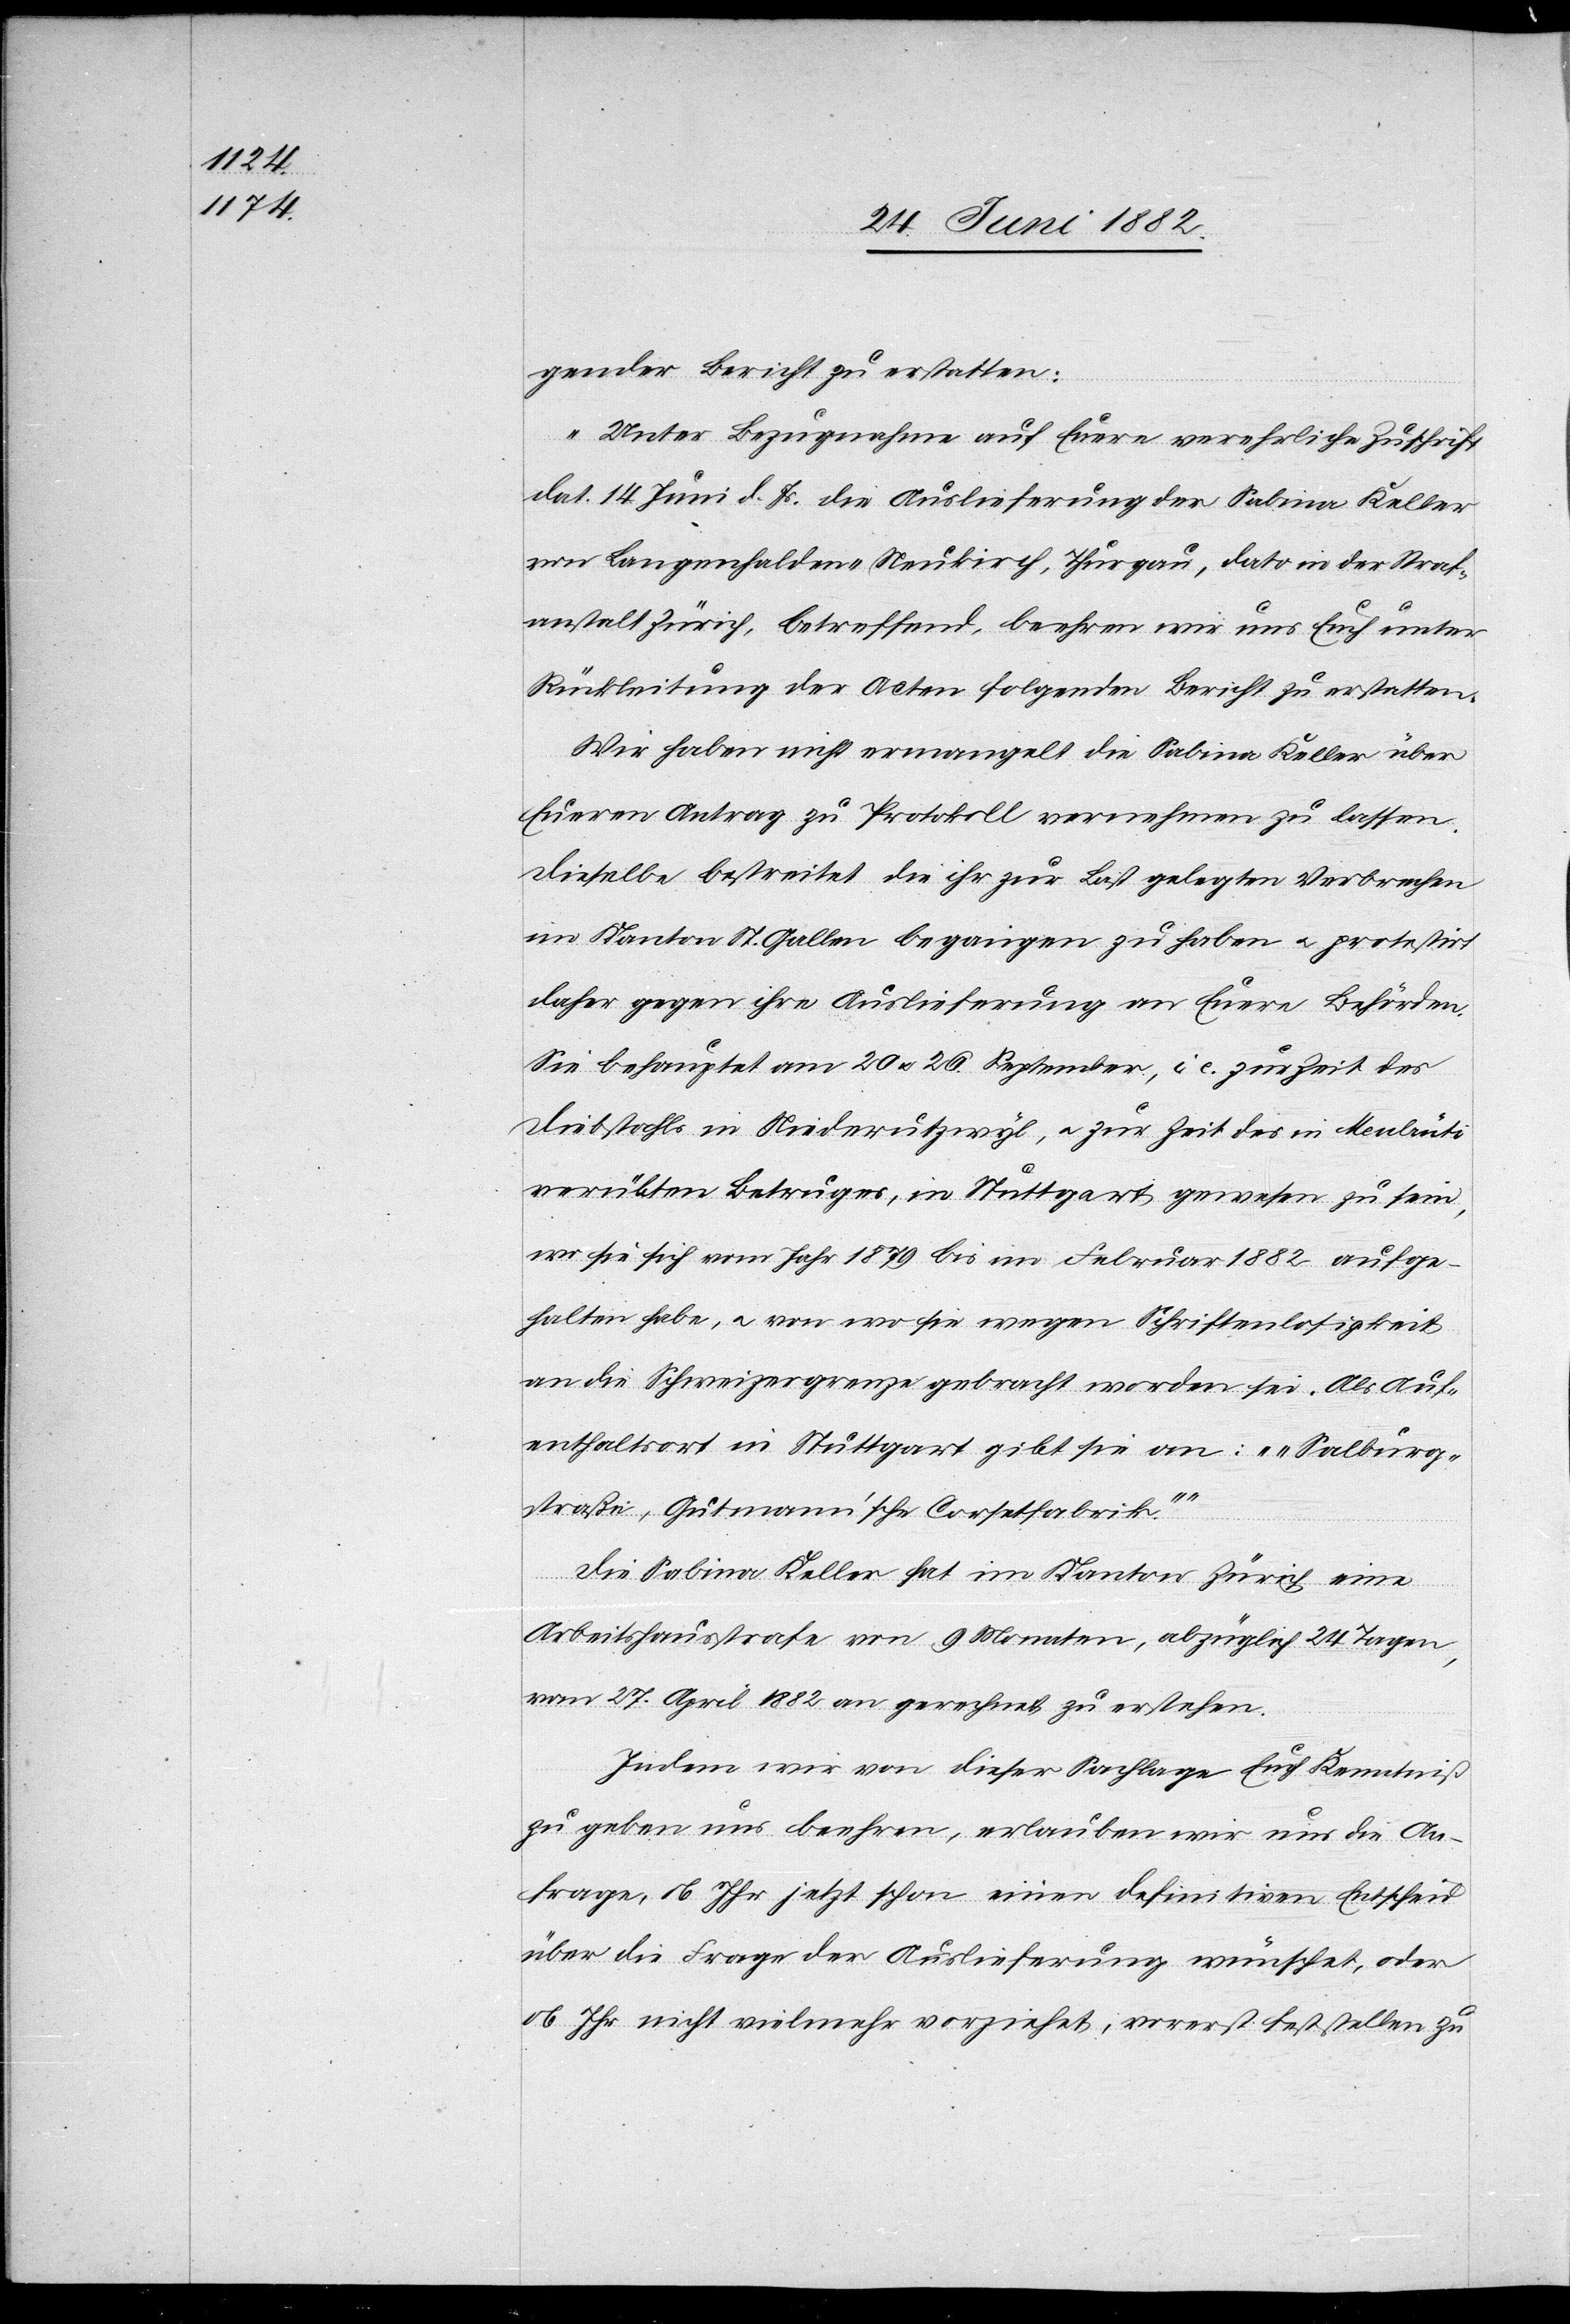
gender Bericht zu erstatten:
„Unter Bezugnahme auf Euere verehrliche Zuschrift
dat. 14. Juni d. Js. die Auslieferung der Sabina Keller
von Langenhalden - Neukirch, Thurgau, dato in der Straf¬
anstalt Zürich, betreffend, beehren wir uns Euch unter
Rückleitung der Acten folgenden Bericht zu erstatten:
Wir haben nicht ermangelt die Sabina Keller über
Eueren Antrag zu Protokoll benehmen zu lassen.
Dieselbe bestreitet die ihr zur Last gelegten Verbrechen
im Kanton St. Gallen begangen zu haben u. protestirt
daher gegen ihre Auslieferung an Euere Behörden.
Sie behauptet am 20. u. 26. September, i. e. zur Zeit des
Diebstahls in Niederutzwyl, u. zur Zeit des in [?Meulrüti]
verübten Betruges, in Stuttgart gewesen zu sein,
wo sie sich vom Jahr 1879 bis im Februar 1882 aufge¬
halten habe, u. von wo sie wegen Schriftenlosigkeit
an die Schweizergrenze gebracht worden sei. Als Auf¬
enthaltsort in Stuttgart gibt sie an: „Salburg¬
straße, Gutmann’sche Corsetfabrik“
Die Sabina Keller hat im Kanton Zürich eine
Arbeitshausstrafe von 9 Monaten, abzüglich 24 Tagen,
vom 27. April an gerechnet zu erstehen.
Indem wir von dieser Sachlage Euch Kenntniß
zu geben uns beehren, erlauben wir uns die An¬
frage, ob Ihr jetzt schon einen definitiven Entscheid
über die Frage der Auslieferung wünschet, oder
ob Ihr nicht vielmehr vorziehet, vorerst feststellen zu